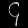
Digit: ၄